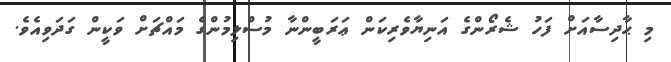
މި ޙާދިސާއަށް ފަހު ޝެރޯންގެ އަނިޔާވެރިކަން ޢަރަބީންނާ މުސްލިމުންގެ މައްޗަށް ވަކީން ގަދަވިއެވެ.